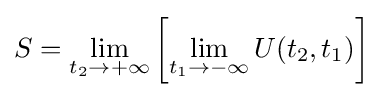
S=\lim _{t_{2}\rightarrow +\infty }\left[\lim _{t_{1}\rightarrow -\infty }U(t_{2},t_{1})\right]\;